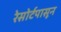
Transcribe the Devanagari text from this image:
रेसोर्टपासून